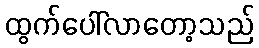
ထွက်ပေါ်လာတော့သည်